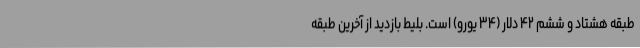
طبقه هشتاد و ششم ۴۲ دلار (۳۴ یورو) است. بلیط بازدید از آخرین طبقه